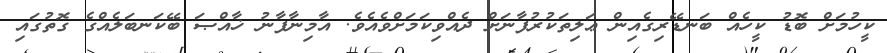
ކީހުމަށް ބޮޑު ކީހެއް ބަނޑޭރިގެއިން ޢަލިތަކުރުފާނަށް ދެއްވިކަމަށްވެއެވެ. އާމިނާފާނު ޚާއްޞަ ބޭކަނބަލެއްގެ ގޮތުގައި